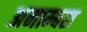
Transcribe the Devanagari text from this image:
अनाम्बस